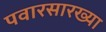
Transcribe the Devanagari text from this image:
पवारसारख्या